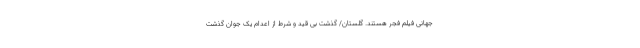
جهانی فیلم فجر هستند. گلستان/ گذشت بی قید و شرط از اعدام یک جوان گذشت